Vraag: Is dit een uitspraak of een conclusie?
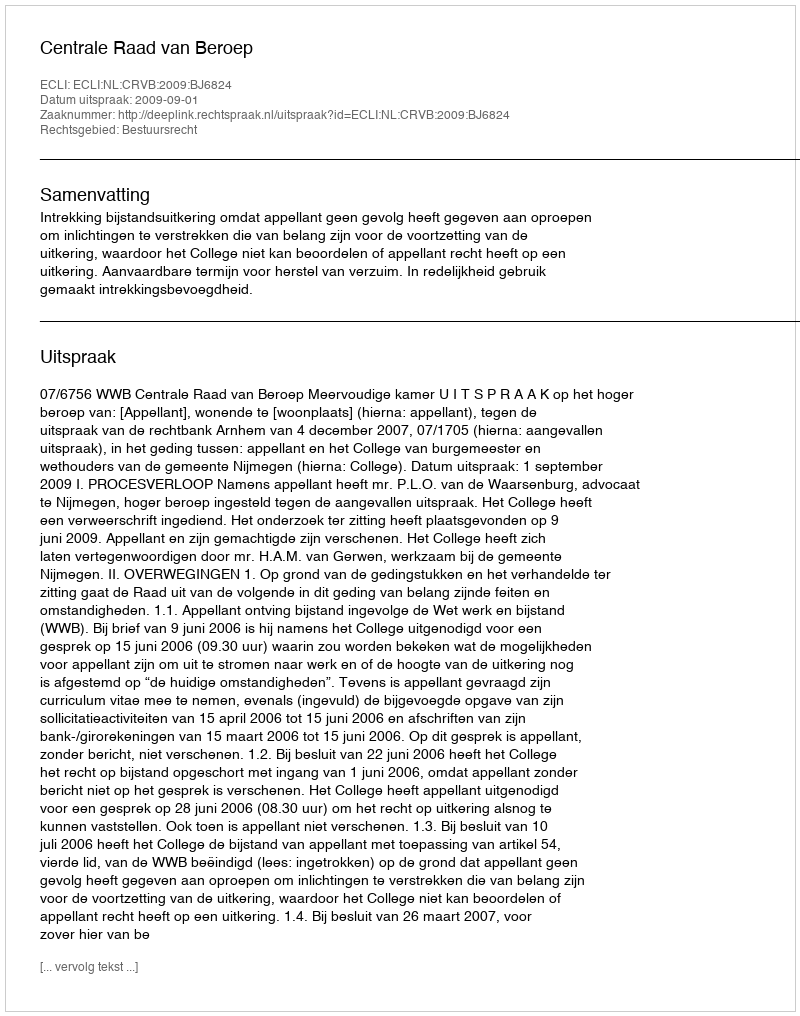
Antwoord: Uitspraak